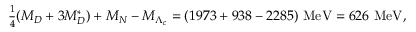
\textstyle { \frac { 1 } { 4 } } ( M _ { D } + 3 M _ { D } ^ { * } ) + M _ { N } - M _ { \Lambda _ { c } } = ( 1 9 7 3 + 9 3 8 - 2 2 8 5 ) \mathrm { ~ M e V } = 6 2 6 \mathrm { ~ M e V } ,